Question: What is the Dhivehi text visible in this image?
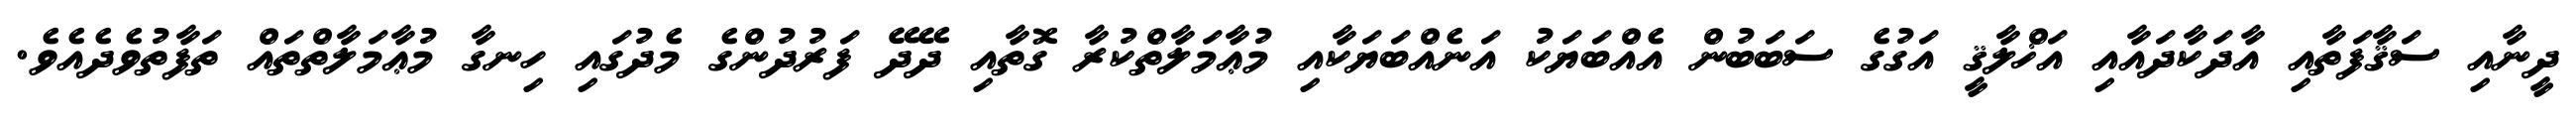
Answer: ދީނާއި ސަޤާފަތާއި އާދަކާދައާއި އަޚްލާޤީ އަގުގެ ސަބަބުން އެއްބަޔަކު އަނެއްބަޔަކާއި މުޢާމަލާތްކުރާ ގޮތާއި ދޭދޭ ފަރުދުންގެ މެދުގައި ހިނގާ މުޢާމަލާތްތައް ތަފާތުވެދެއެވެ.